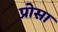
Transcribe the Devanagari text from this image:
प्रोसा